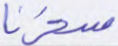
سخرنا